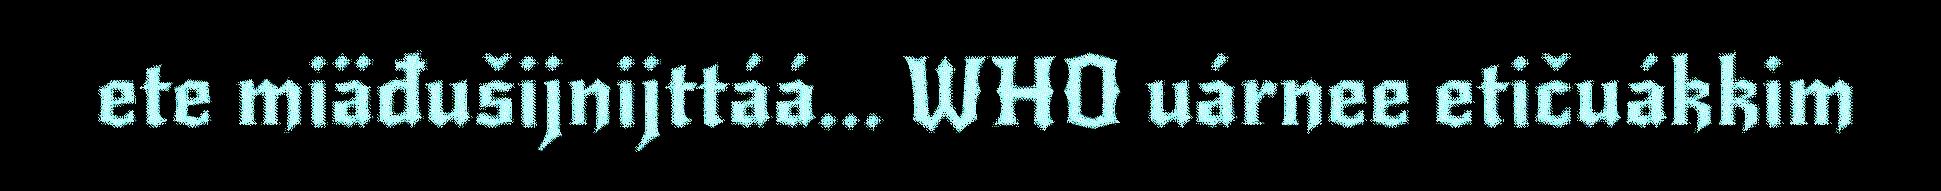
ete miäđušijnijttáá... WHO uárnee etičuákkim